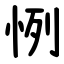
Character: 㤡